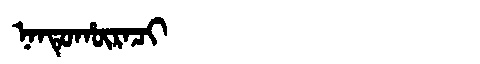
Manchu: ᠨᠠᠨᡨᡠᡥᡡᡵᠠᠴᡳ
Romanization: NANTUHŪRACI